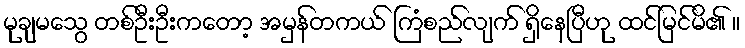
မုချမသွေ တစ်ဦးဦးကတော့ အမှန်တကယ် ကြံစည်လျက် ရှိနေပြီဟု ထင်မြင်မိ၏ ။